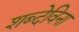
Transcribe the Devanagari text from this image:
शब्देविना